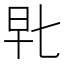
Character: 𰕴